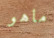
ماهو